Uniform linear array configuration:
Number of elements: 16
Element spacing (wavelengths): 0.75
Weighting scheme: hann
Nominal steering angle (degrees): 60
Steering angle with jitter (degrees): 58.146
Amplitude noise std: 0.05
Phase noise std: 0.05

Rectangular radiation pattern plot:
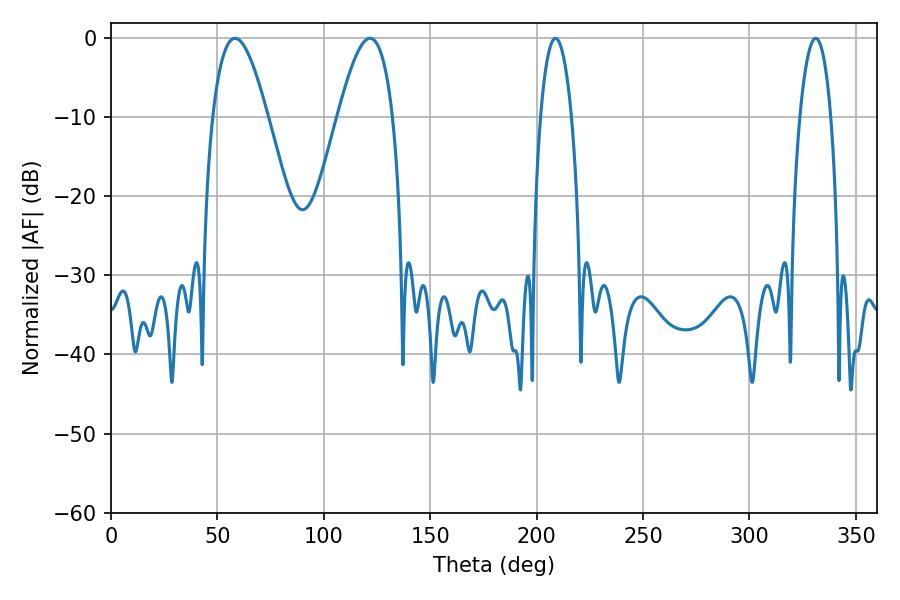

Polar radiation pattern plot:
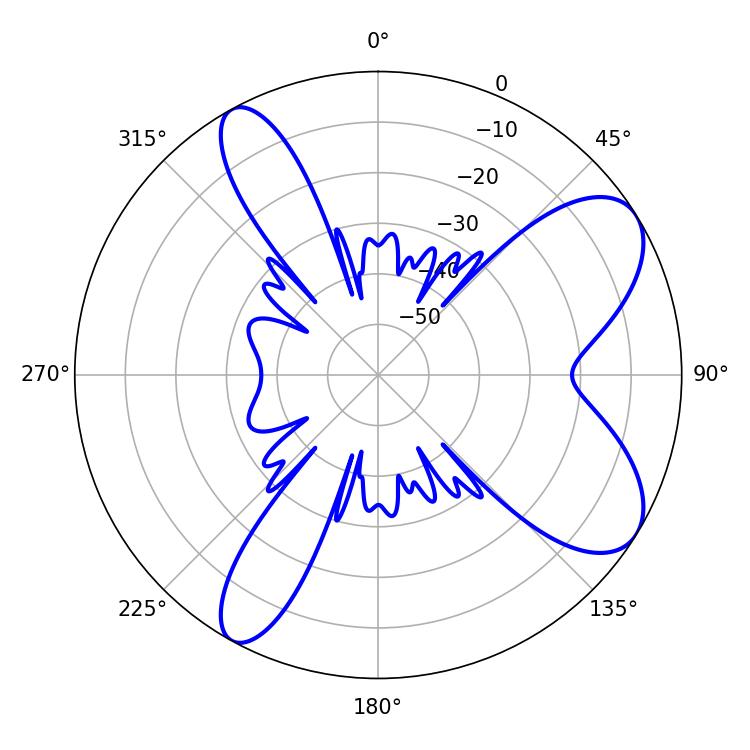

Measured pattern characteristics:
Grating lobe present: TRUE
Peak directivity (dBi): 8.063
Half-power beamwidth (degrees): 14.04
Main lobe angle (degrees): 58.32